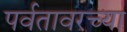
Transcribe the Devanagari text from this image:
पर्वतावरच्या